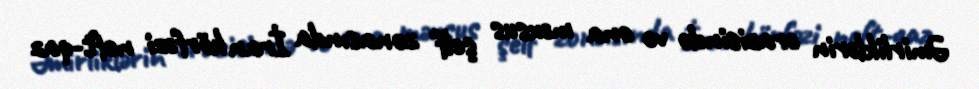
Əmirliklərin ərazisində və ona məxsus şelf zonasında İran körfəzi neft-qaz